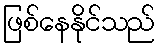
ဖြစ်နေနိုင်သည်